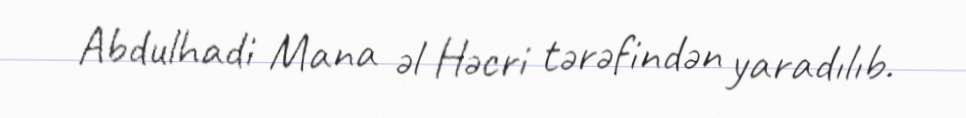
Abdulhadi Mana əl Həcri tərəfindən yaradılıb.